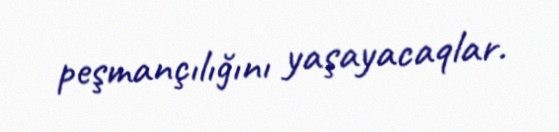
peşmançılığını yaşayacaqlar.